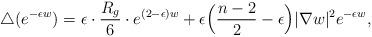
LaTeX: \begin{align*}\triangle (e^{-\epsilon w})=\epsilon\cdot\frac{R_g}{6}\cdot e^{(2-\epsilon)w}+\epsilon\Big(\frac{n-2}{2}-\epsilon\Big)|\nabla w|^2e^{-\epsilon w},\end{align*}